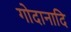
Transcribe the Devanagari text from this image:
गोदानादि